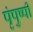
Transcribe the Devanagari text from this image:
पृंपुष्पी